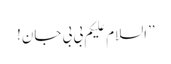
’’السلام علیکم بی بی جان!